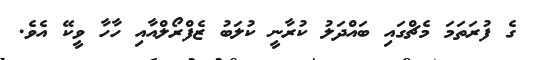
ގެ ފުރަތަމަ މެޗްގައި ބައްދަލު ކުރާނީ ކުލަބު ޒެފްރޯލްއާއި ހާހާ ވީކޭ އެވެ.